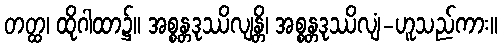
တတ္ထ၊ ထိုဂါထာ၌။ အစ္စန္တဒုဿိလျန္တိ၊ အစ္စန္တဒုဿိလျံ-ဟူသည်ကား။